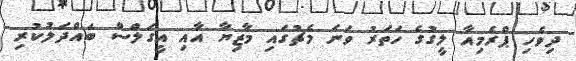
ދިވެހި ޕްރެމިއާ ލީގުގެ ހަތަރު ވަނަ މެޗުގައި މާޒިޔާ އާއި އީގަލްސް ބައްދަލުކުރި